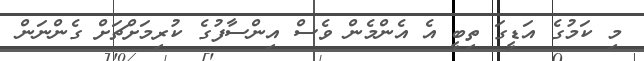
މި ކަމުގެ އަޑީގަ ތިބީ އެ އެންމެން ވެސް އިންސާފުގެ ކުރިމަށްޗަށް ގެންނަން